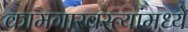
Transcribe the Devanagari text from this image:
कामगारवस्त्यांमध्ये